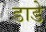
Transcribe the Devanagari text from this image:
डाडे